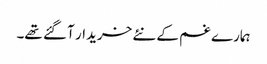
ہمارے غم کے نئے خریدار آ گئے تھے۔